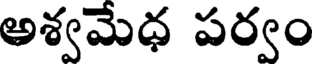
అశ్వమేధ పర్వం